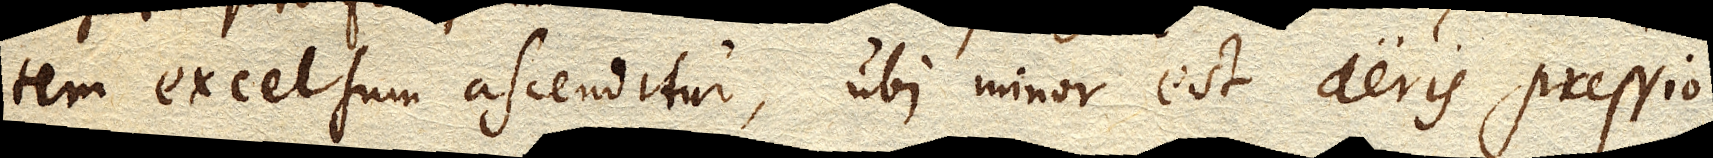
tem excelsum ascenditur, ubi minor est aeris pressio.